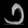
Digit: ၁